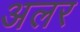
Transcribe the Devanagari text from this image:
अलर